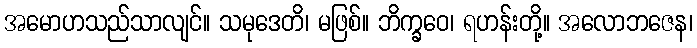
အမောဟသည်သာလျင်။ သမုဒေတိ၊ မဖြစ်။ ဘိက္ခဝေ၊ ရဟန်းတို့။ အလောဘဇေန၊